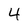
Character: 4